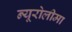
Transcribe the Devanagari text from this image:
न्यूरोलीमा